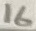
Text: 16